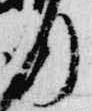
行